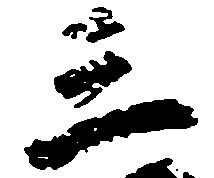
三